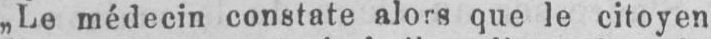
„Le médecin constate alors que le citoyen